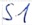
Text: S1